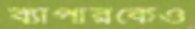
ব্যাপারকেও